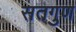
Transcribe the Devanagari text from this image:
सतगुण